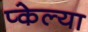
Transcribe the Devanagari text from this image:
प्केल्या